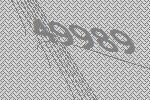
49989